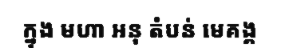
ក្នុង មហា អនុ តំបន់ មេគង្គ